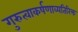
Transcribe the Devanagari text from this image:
गुरुत्वाकर्षणाव्यतिरिक्त